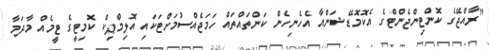
"ރާއްޖޭގެ ކޮންޓިންޖެންޓްގެ އެކޮމޮޑޭޝަންއާ އެހެނިހެން ކަންތައްތައް ހަމަޖެއްސުމަށްޓަކައި އޮލިމްޕިކް ކޮމިޓީގެ ޓީމެއް މާދަމާ